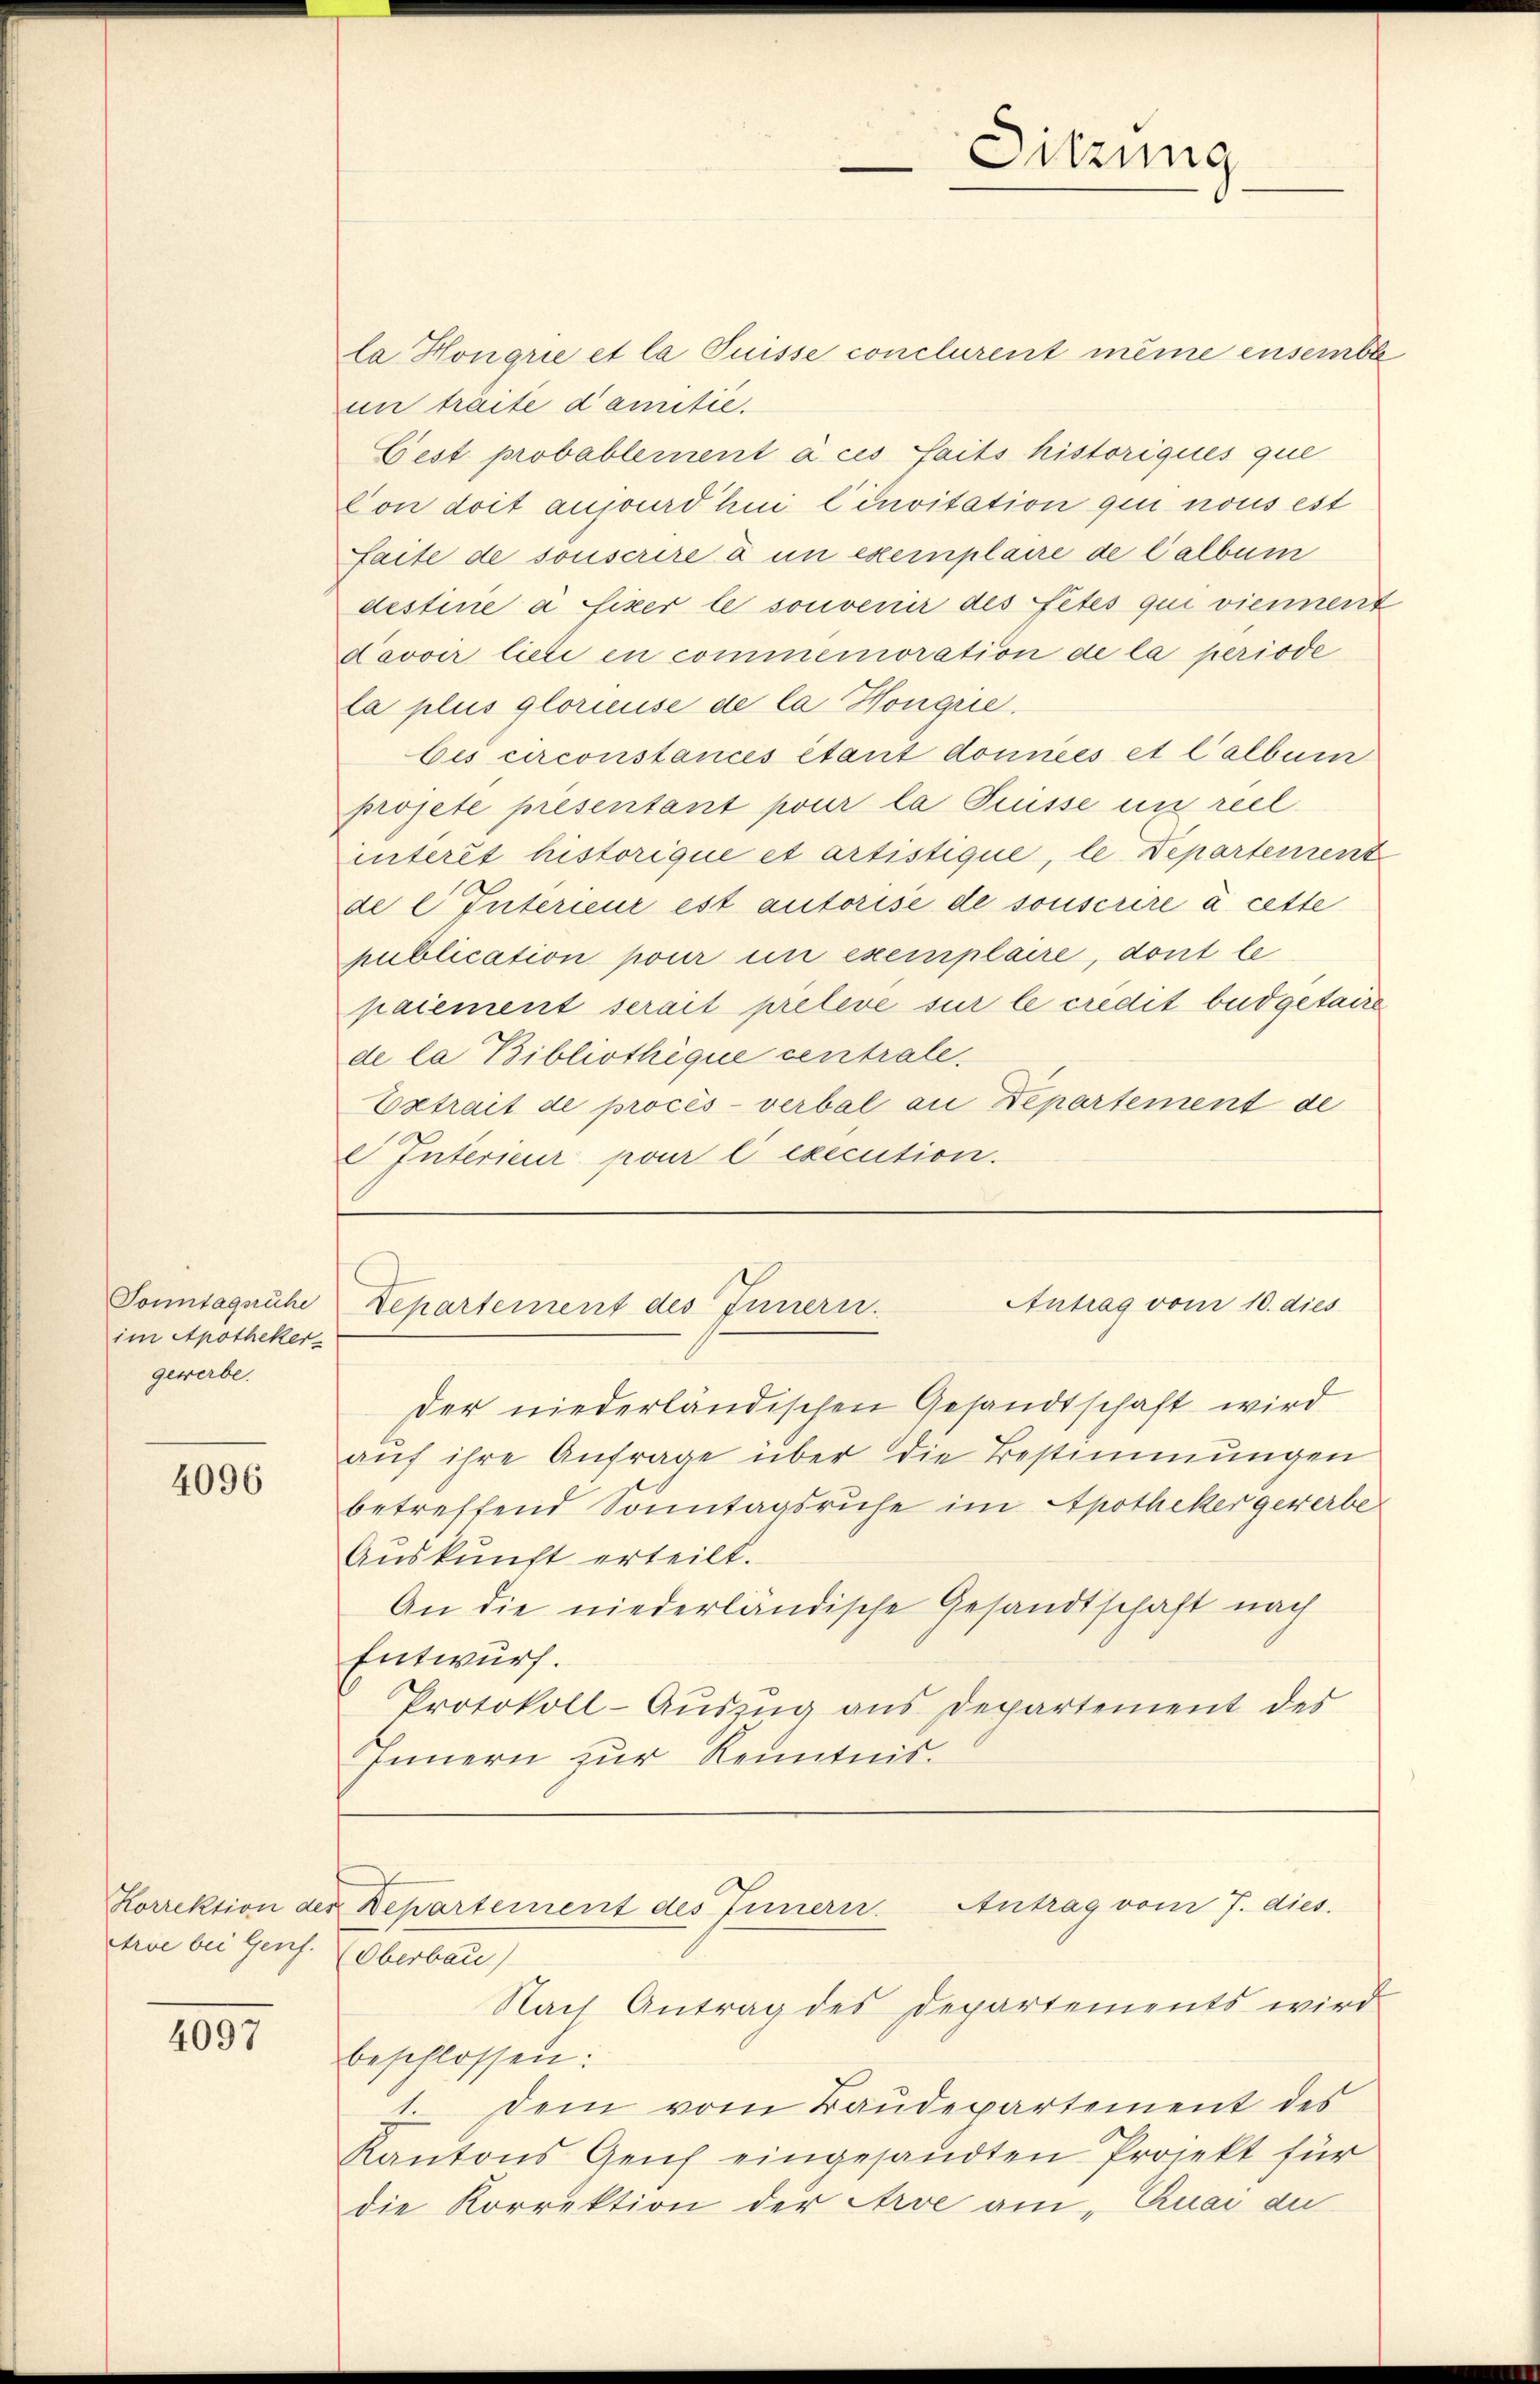
Sitzung

la Honorie et la Puisse conclurent meine ensemble
un traite damitie.
Fest probablement à ces faits historiques que
Con doit aufourdhui Cinvitation qui nous est
aite de souscrire à un exemplaire de Calbum
destine à fixer le sonvenir des Fetés qui viennent
Davoir lieli en commemoration de la periode
la plus glorieuse de la Hongre
bes circonstances étant données et Calbum
projete presentant pour la Prisse un reel
interet historique et artistique, le Departement
de l Interieur est autorise de souscrire à cette
publication pour in exemplaire, dont le
paiement serait preleve sur le credit beidgetaire
de la Bibliothèque centrale.
Extrait de procès-verbal an Departement de
 Interieur pour l execution.

Antrag vom 10. dies
Departement des Innern.

Sonntagsruhe
im Apotheker-
gewerbe.

der niederländischen Gesandtschaft wird
aŭf ihre Anfrage über die Bestimmungen
betreffend Sonntagsruhe im Apotheker gewerbe¬
Auskunft erteilt.
An die niederländische Gesandtschaft nach
Entwurf.
Protokoll-Aŭszŭg ans Departement des
Innern zŭr Kenntnis.

4096

Antrag vom 7. dies.
Korrektion der Departement des Innern

Oberbau)
Nach Antrag des Departements wird
beschlossen:
 Dem vom Baudepartement des
Kantons Geich eingesandten Projekt für
die Korrektion der Arve am „Ruai au

Arve bei Genf.

4097